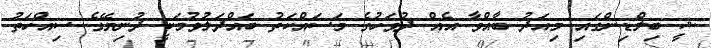
ޝީ ބިލްޑިންގައި މިއަދު ބާއްވާ އެއް ދުވަހުގެ މަސައްކަތު ބައްދަލުވުމަކީ ދުނިޔޭގެ ސިއްހަތު